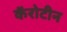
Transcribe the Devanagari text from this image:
कॅरोटीन